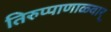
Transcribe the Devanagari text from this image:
तिरुप्पाणाळ्वार्